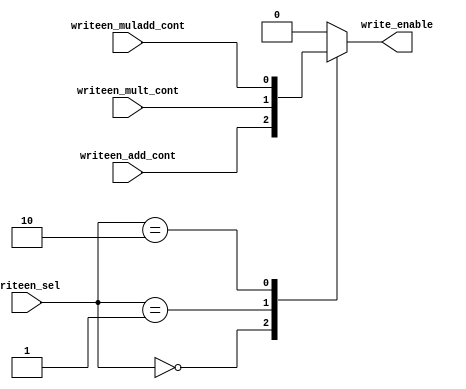
module write_enable_mux 
(writeen_add_cont, writeen_mult_cont, writeen_muladd_cont, writeen_sel, write_enable);

parameter ADD = 2'b00, MULT = 2'b01, MULADD = 2'b10;

input  writeen_add_cont;
input  writeen_mult_cont;
input  writeen_muladd_cont;


input [1:0] writeen_sel;

output reg  write_enable;

always@(writeen_add_cont or writeen_mult_cont or writeen_muladd_cont or writeen_sel)begin
case(writeen_sel)
ADD:     write_enable <= writeen_add_cont;
MULT:    write_enable <= writeen_mult_cont;
MULADD:  write_enable <= writeen_muladd_cont;
default: write_enable <= 1'b0;
endcase
end

endmodule